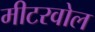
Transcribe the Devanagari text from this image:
मीटरवोल